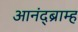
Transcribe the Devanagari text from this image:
आनंद्ब्राम्ह